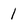
Character: 1